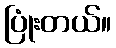
ပြုံးတယ်။